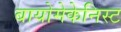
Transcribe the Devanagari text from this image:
बायोमेकेनिस्ट